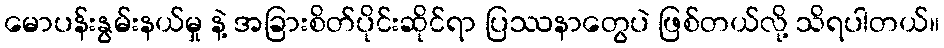
မောပန်းနွမ်းနယ်မှု နဲ့ အခြားစိတ်ပိုင်းဆိုင်ရာ ပြဿနာတွေပဲ ဖြစ်တယ်လို့ သိရပါတယ်။